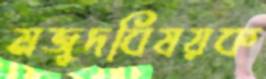
মজুদবিষয়ক